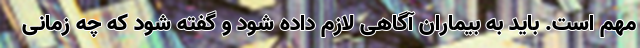
مهم است. باید به بیماران آگاهی لازم داده شود و گفته شود که چه زمانی